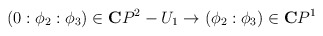
\begin{align*}(0:\phi_2:\phi_3) \in {\bf C}P^2-U_1 \rightarrow (\phi_2:\phi_3)\in {\bf C}P^1\end{align*}